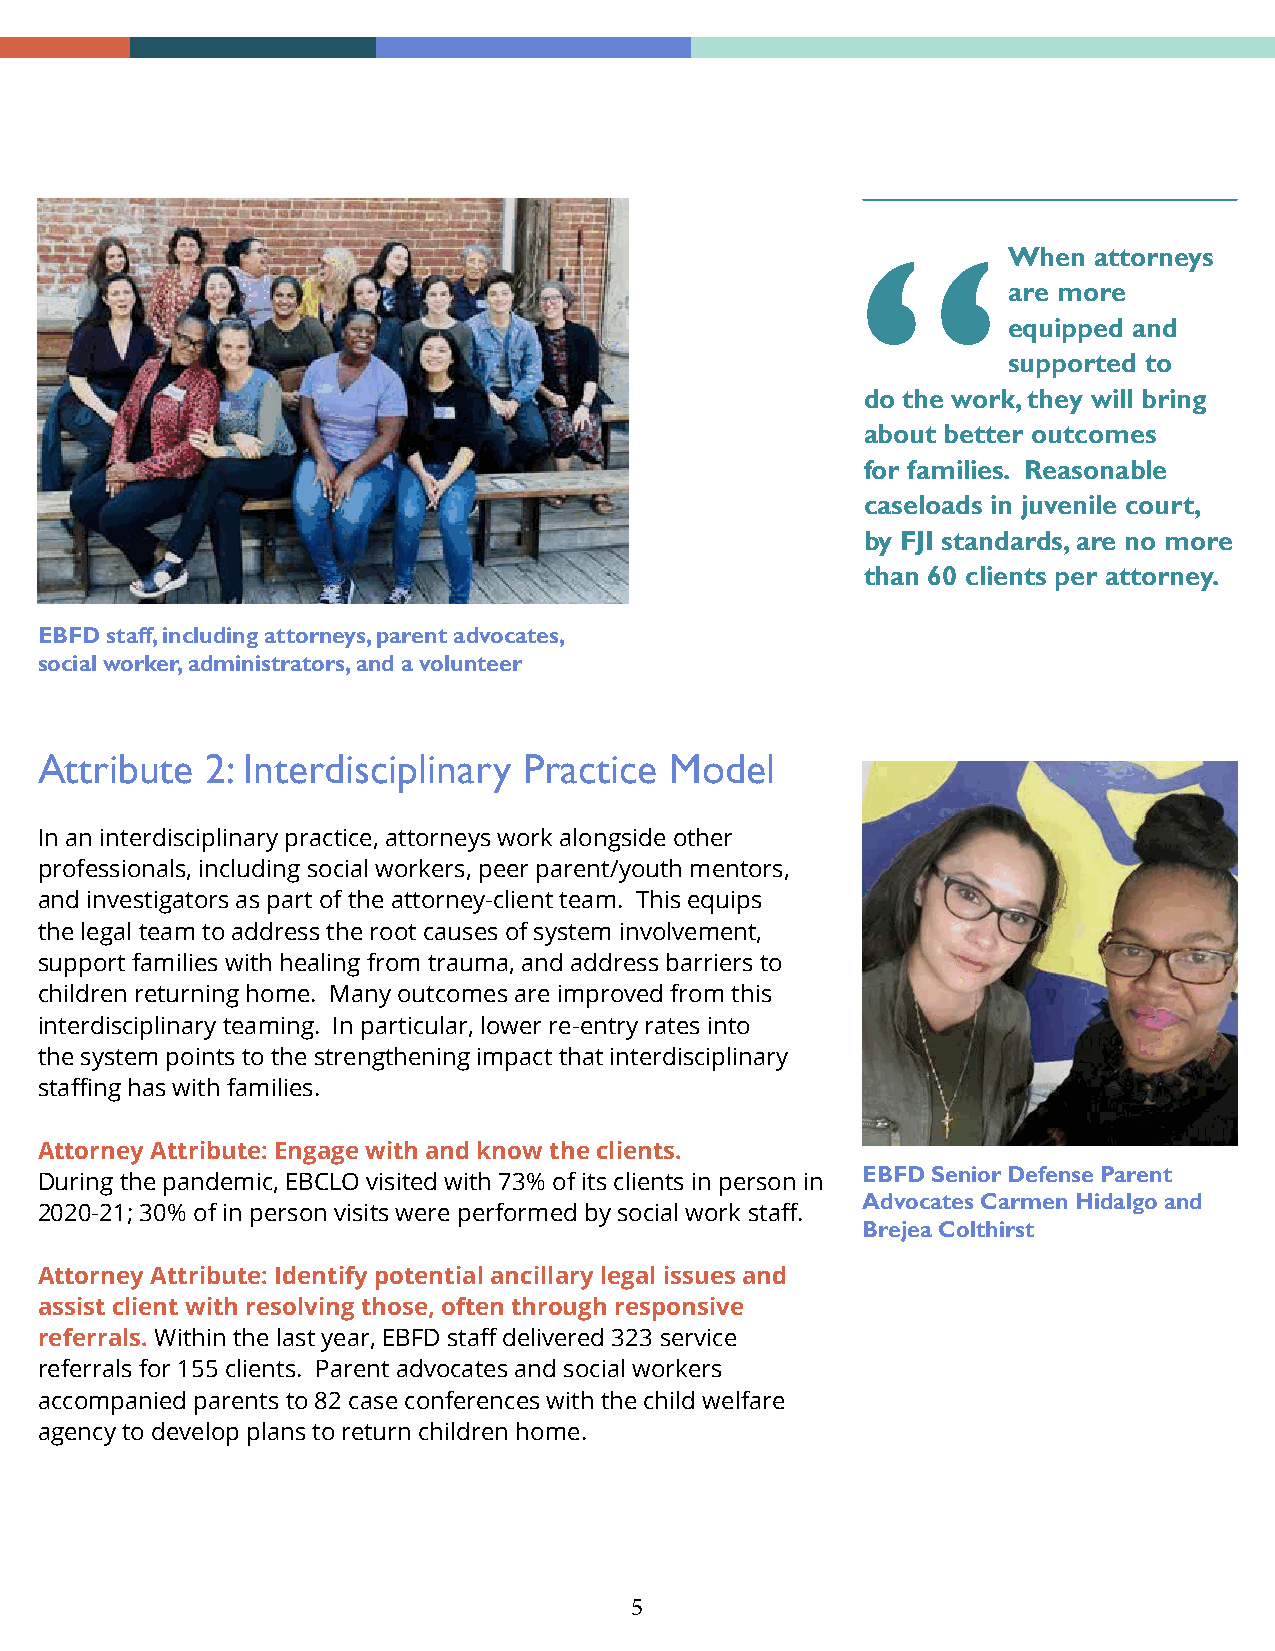
When attorneys
 are more
 equipped and
 supported to
 do the work, they will bring
 about better outcomes
 for families. Reasonable
 caseloads in juvenile court,
 by FJI standards, are no more
 than 60 clients per attorney.
 EBFD staff, including attorneys, parent advocates,
 social worker, administrators, and a volunteer
 Attribute   2: Interdisciplinary Practice Model
 In an interdisciplinary practice, attorneys work alongside other
 professionals, including social workers, peer parent/youth mentors,
 and investigators as part of the attorney-client team. This equips
 the legal team to address the root causes of system involvement,
 support families with healing from trauma, and address barriers to
 children returning home. Many outcomes are improved from this
 interdisciplinary teaming. In particular, lower re-entry rates into
 the system points to the strengthening impact that interdisciplinary
 staffing has with families.
 Attorney Attribute: Engage with and know the clients.
 EBFD Senior Defense Parent
 During the pandemic, EBCLO visited with 73% of its clients in person in
 Advocates Carmen Hidalgo and
 2020-21; 30% of in person visits were performed by social work staff.
 Brejea Colthirst
 Attorney Attribute: Identify potential ancillary legal issues and
 assist client with resolving those, often through responsive
 referrals. Within the last year, EBFD staff delivered 323 service
 referrals for 155 clients. Parent advocates and social workers
 accompanied parents to 82 case conferences with the child welfare
 agency to develop plans to return children home.
 5